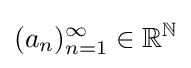
(a_{n})_{n=1}^{\infty }\in \mathbb {R} ^{\mathbb {N} }